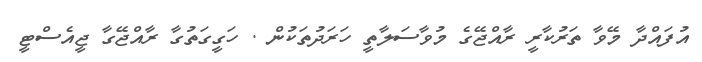
އުފައްދާ މޭވާ ތަރުކާރީ ރާއްޖޭގެ މުވާސަލާތީ ހަރަދުތަކުން . ހަގީގަތުގާ ރާއްޖޭގާ ޖީއެސްޓީ